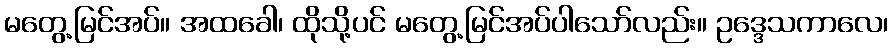
မတွေ့မြင်အပ်။ အထခေါ၊ ထိုသို့ပင် မတွေ့မြင်အပ်ပါသော်လည်း။ ဥဒ္ဒေသကာလေ၊